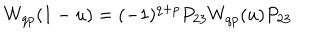
LaTeX: W _ { q p } ( 1 - u ) = ( - 1 ) ^ { q + p } P _ { 2 3 } W _ { q p } ( u ) P _ { 2 3 }